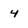
Character: 4